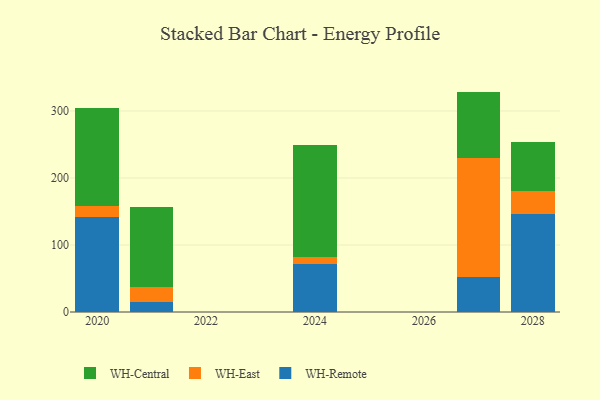
{"axis": {"x": "Year", "y": "Inventory Turnover"}, "legend": ["WH-Central", "WH-East", "WH-Remote"], "data": [{"x": "2021", "y": 14.9, "type": "WH-Remote"}, {"x": "2021", "y": 22.0, "type": "WH-East"}, {"x": "2021", "y": 119.9, "type": "WH-Central"}, {"x": "2024", "y": 72.0, "type": "WH-Remote"}, {"x": "2024", "y": 9.6, "type": "WH-East"}, {"x": "2024", "y": 168.0, "type": "WH-Central"}, {"x": "2028", "y": 145.7, "type": "WH-Remote"}, {"x": "2028", "y": 35.2, "type": "WH-East"}, {"x": "2028", "y": 72.8, "type": "WH-Central"}, {"x": "2027", "y": 52.3, "type": "WH-Remote"}, {"x": "2027", "y": 177.2, "type": "WH-East"}, {"x": "2027", "y": 99.4, "type": "WH-Central"}, {"x": "2020", "y": 142.2, "type": "WH-Remote"}, {"x": "2020", "y": 15.6, "type": "WH-East"}, {"x": "2020", "y": 146.5, "type": "WH-Central"}]}